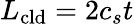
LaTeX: L_{\mathrm{cld}}=2c_{s}t